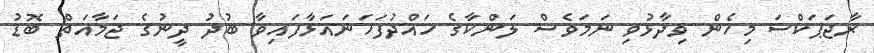
ރާޖަޕަކްސަ މިހެން ވިދާޅުވި ނަމަވެސް ލަންކާގެ ހައްދުފަހަނައަޅާފައިވާ ބުދު ދީނުގެ ޖަމާއަތް ބޮޑު